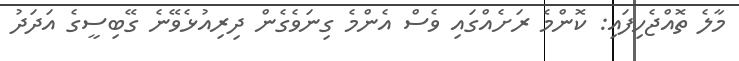
މާލެ ތޮއްޖެހިފައި: ކޮންމެ ރަށެއްގައި ވެސް އެންމެ ގިނަވެގެން ދިރިއުޅެވޭނެ ގޭބިސީގެ އަދަދު